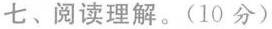
七、阅读理解.(10 分)